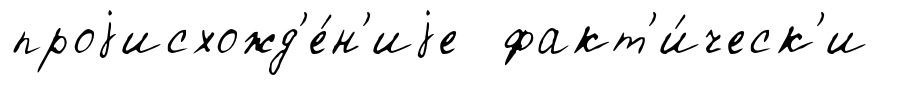
проjисхожд'е́н'иjе факт'и́ческ'и